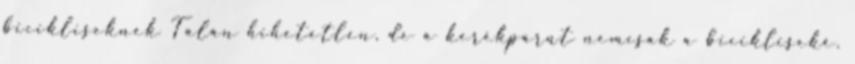
bicikliseknek Talán hihetetlen, de a kerékpárút nemcsak a bicikliseké.